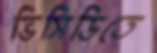
ভিসিডিতে